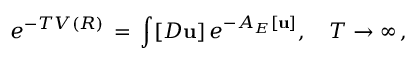
e ^ { - T V ( R ) } \, = \, \int _ { } ^ { } [ D { \bf u } ] \, e ^ { - { \cal A } _ { E } [ { \bf u } ] } , \quad T \to \infty \, { , }